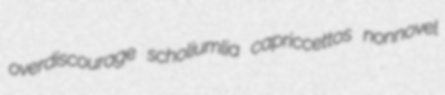
overdiscourage scholiumlia capriccettos nonnovel